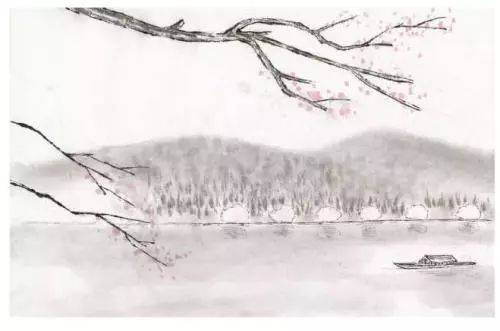
空床卧听南窗雨，谁复挑灯夜补衣。